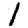
Digit: 1